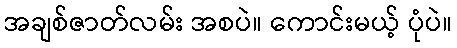
အချစ်ဇာတ်လမ်း အစပဲ။ ကောင်းမယ့် ပုံပဲ။